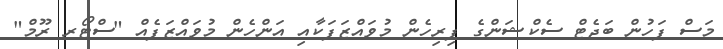
މަސް ފަހުން ބަޖެޓް ސެކްޝަންގެ ފިރިހެން މުވައްޒަފަކާއި އަންހެން މުވައްޒަފެއް "ސްޓޯރ ރޫމް"